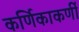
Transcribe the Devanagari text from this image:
कर्णिकाकर्णी